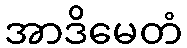
အာဒိမေတံ